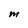
Character: M